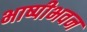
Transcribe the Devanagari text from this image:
भाष्पीभवन